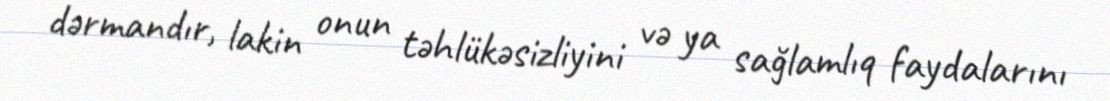
dərmandır, lakin onun təhlükəsizliyini və ya sağlamlıq faydalarını